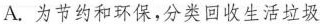
A. 为节约和环保，分类回收生活垃圾